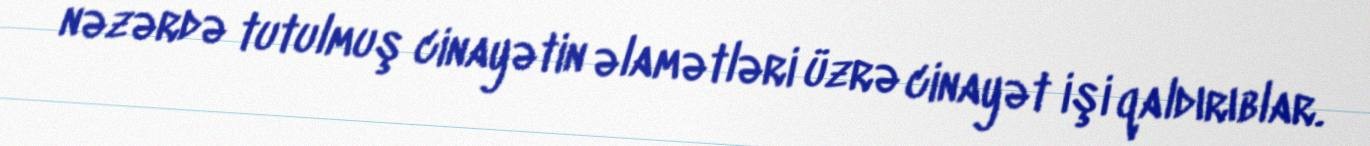
nəzərdə tutulmuş cinayətin əlamətləri üzrə cinayət işi qaldırıblar.